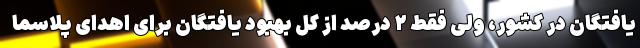
یافتگان در کشور، ولی فقط ۲ درصد از کل بهبود یافتگان برای اهدای پلاسما